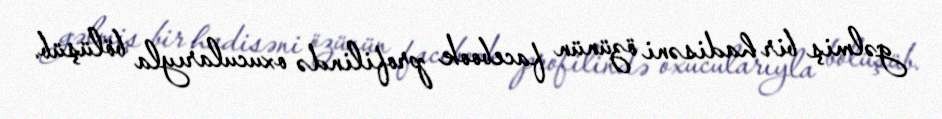
gəlmiş bir hadisəni özünün facebook profilində oxucularıyla bölüşüb.